NAE_ERA_R-1665_Eesti_Kunstnike_Liit, lk 11
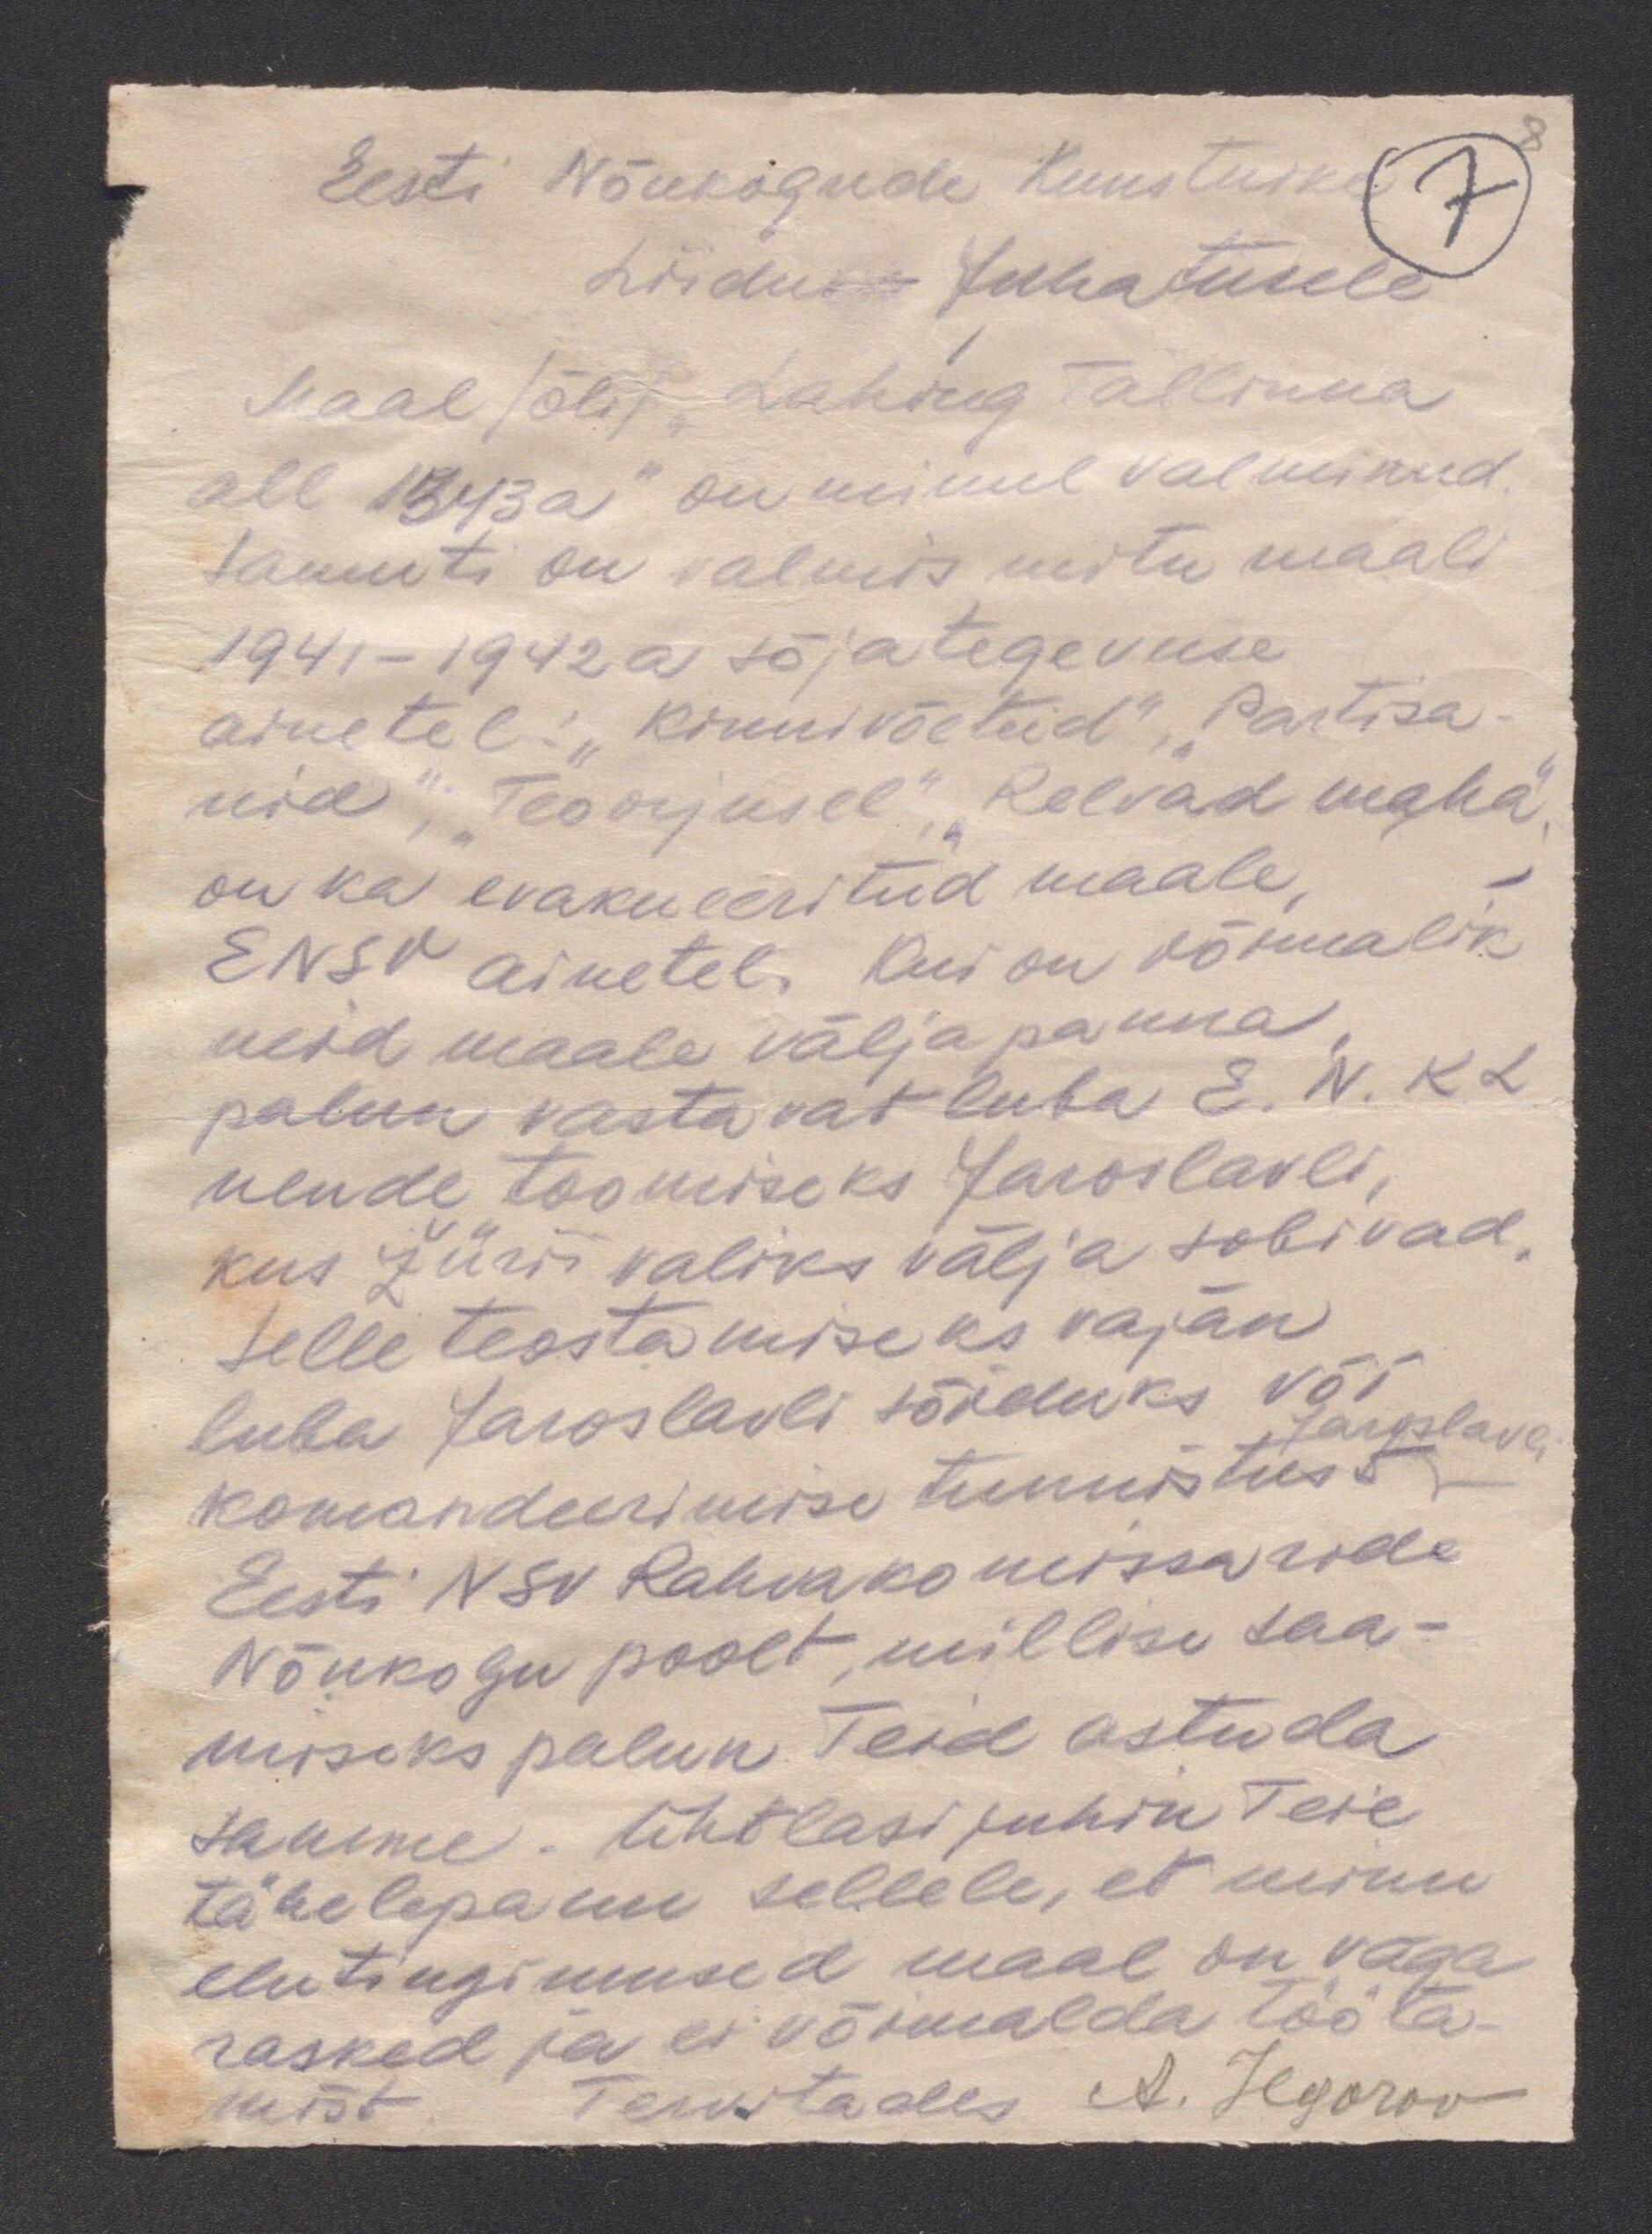
Eesti Nõukogude Kunstnike
Liidu Juhatusele
Maal (õli) "Lahing Tallinna
all 1343a" on minul valminud.
Samuti on valmis mitu maali
1941-1942 a sõjategevuse
ainetel: "Kinnivõetud", „Partisa-
nid"; "Teoorjusel",  "Relvad maha",
on ka evakueeritud maale,
ENSV ainetel. Kui on võimalik
neid maale välja panna,
palun vastavat luba E. N. K.L
nende toomiseks Jaroslavli,
kus žürii valiks välja sobivad.
Selle teostamiseks vajan
luba Jaroslavli sõiduks või
Jaroslavli
komandeerimise tunnistust
Eesti NSV Rahvakomissaride
Nõukogu poolt, millise saa-
miseks palun Teid astuda
samme. Ühtlasi juhin Teie
tähelepanu sellele, et minu
elutingimused maal on väga
rasked ja ei võimalda tööta-
mist. Tervitades A. Jegorov